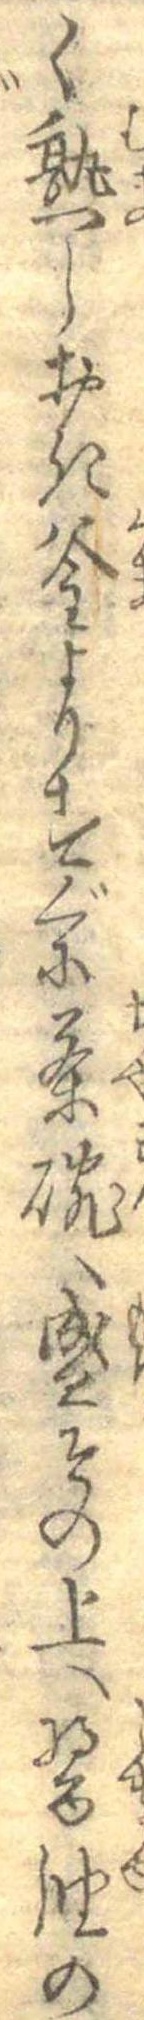
く熟しおき釜よりすぐに茶碗へ盛その上へ醤油の